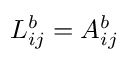
L _ { i j } ^ { b } = A _ { i j } ^ { b }